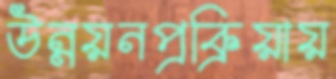
উন্নয়নপ্রক্রিয়ায়